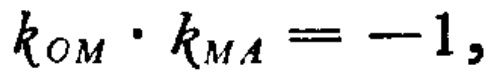
\(k_{OM}\cdot k_{MA}=-1,\)